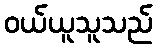
ဝယ်ယူသူသည်